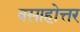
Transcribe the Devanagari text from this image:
वसाहोत्तर